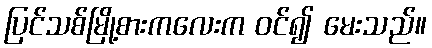
ပြင်သစ်မြို့စားကလေးက ဝင်၍ မေးသည်။